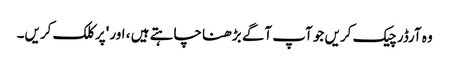
وہ آرڈر چیک کریں جو آپ آگے بڑھنا چاہتے ہیں ، اور 'پر کلک کریں۔